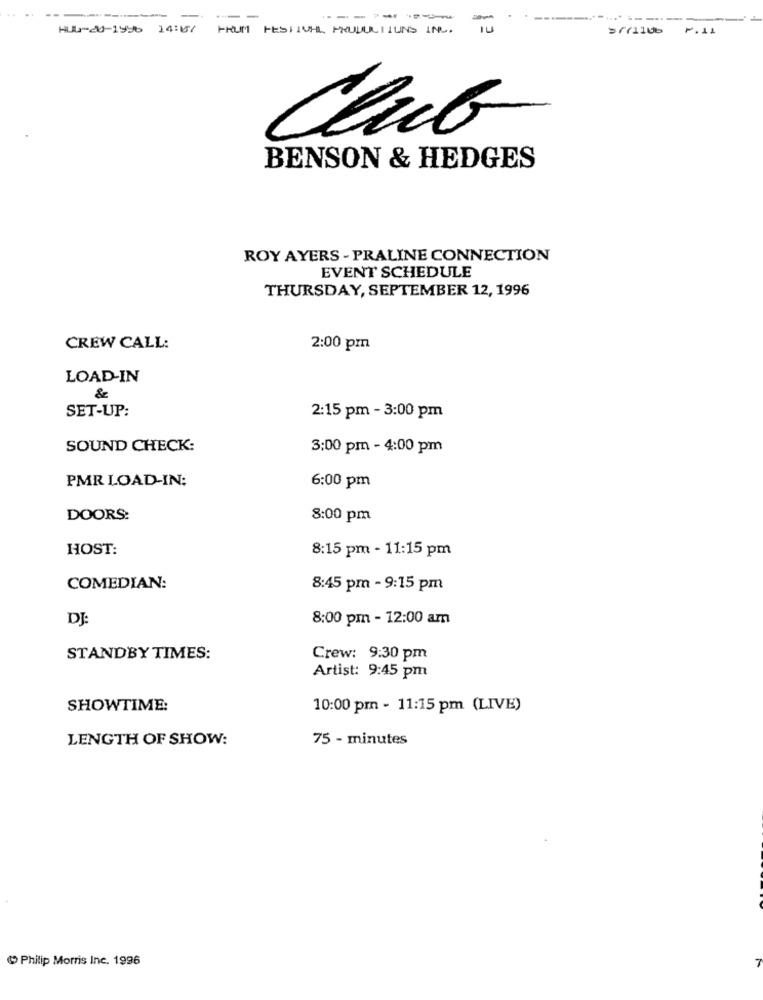
-
-
-------
HUL-20-1996 14:10% THUM FESTIVAL MOULUILTIUNS INC.
Errilub F.11
BENSON & HEDGES
ROY AYERS - PRALINE CONNECTION
EVENT SCHEDULE
THURSDAY, SEPTEMBER 12, 1996
CREW CALL:
2:00 pm
LOAD-IN
&
SET-UP:
2:15 pm - 3:00 pm
SOUND CHECK:
3:00 pm - 4:00 pm
PMR LOAD-IN:
6:00 pm
DOORS:
8:00 pm
HOST:
8:15 pm - 11:15 pm
COMEDIAN:
8:45 pm - 9:15 pm
DJ
8:00 pm - 12:00 am
STANDBY TIMES:
Crew: 9:30 pm
Artist: 9:45 pm
SHOWTIME:
10:00 pm - 11:15 pm (LIVE)
LENGTH OF SHOW:
75 - minutes
Philip Morris Inc. 1996
7